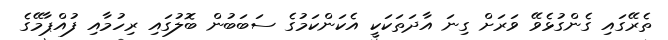
ތެރޭގައި ގެންގުޅެވޭ ވަރަށް ގިނަ އާދަތަކަކީ އެކަންކަމުގެ ސަބަބުން ބޮލުގައި ރިހުމާއި ފުއްޕާމޭގެ